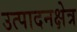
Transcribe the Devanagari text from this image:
उत्पादनक्षेत्र